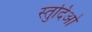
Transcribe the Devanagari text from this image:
स्तुदिओ